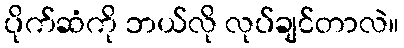
ပိုက်ဆံကို ဘယ်လို လုပ်ချင်တာလဲ။